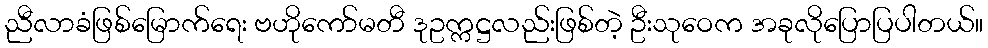
ညီလာခံဖြစ်မြောက်ရေး ဗဟိုကော်မတီ ဒုဥက္ကဋ္ဌလည်းဖြစ်တဲ့ ဦးသုဝေက အခုလိုပြောပြပါတယ်။